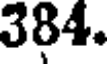
384.